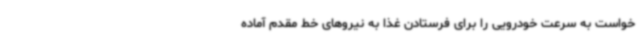
خواست به سرعت خودرویی را برای فرستادن غذا به نیروهای خط مقدم آماده